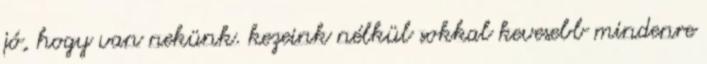
jó, hogy van nekünk. kezeink nélkül sokkal kevesebb mindenre